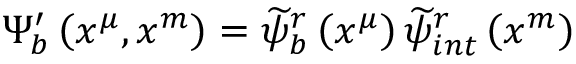
\Psi _ { b } ^ { \prime } \left( x ^ { \mu } , x ^ { m } \right) = \widetilde { \psi } _ { b } ^ { r } \left( x ^ { \mu } \right) \widetilde { \psi } _ { i n t } ^ { r } \left( x ^ { m } \right)